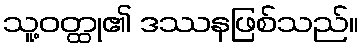
သူ့ဝတ္ထု၏ ဒဿနဖြစ်သည်။